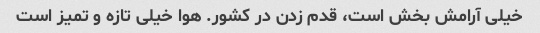
خیلی آرامش بخش است، قدم زدن در کشور. هوا خیلی تازه و تمیز است